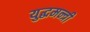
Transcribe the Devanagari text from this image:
युद्धमन्त्री